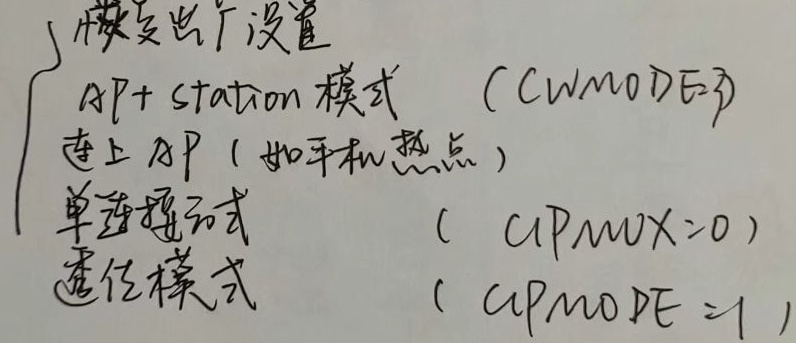

- 恢复出厂设置
- AP + station模式 （CWMODE3）
- 连上AP（如手机热点）
- 单连接模式 （CIPMUX = 0）
- 透传模式 （CIPMODE = 1）